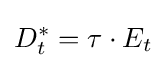
D_{t}^{*}=\tau \cdot E_{t}